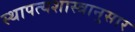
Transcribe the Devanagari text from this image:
स्थापत्यशास्त्रानुसार